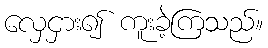
လှေငှား၍ ကူးခဲ့ကြသည်။